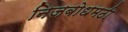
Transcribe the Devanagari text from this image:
निजबोधमठी